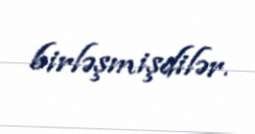
birləşmişdilər.